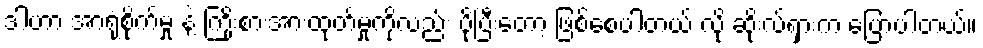
ဒါဟာ အာရုံစိုက်မှု နဲ့ ကြိုးစားအားထုတ်မှုကိုလည်း ပိုပြီးတော့ ဖြစ်စေပါတယ် လို့ ဆိုးလ်ရှားက ပြောပါတယ်။